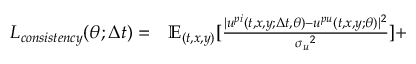
\begin{array} { r l } { L _ { c o n s i s t e n c y } ( \theta ; \Delta t ) = } & { { } \mathbb { E } _ { ( t , x , y ) } [ \frac { | { u } ^ { p i } ( t , x , y ; \Delta t , \theta ) - { u } ^ { p u } ( t , x , y ; \theta ) | ^ { 2 } } { { \sigma _ { u } } ^ { 2 } } ] + } \end{array}